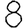
Digit: 8